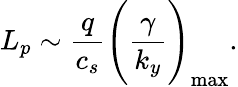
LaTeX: L_{p}\sim\frac{q}{c_{s}}\Bigg(\frac{\gamma}{k_{y}}\Bigg)_{\mathrm{{max}}}.